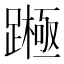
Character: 𨅰